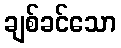
ချစ်ခင်သော